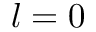
l = 0